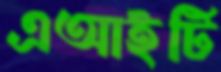
এআইটি